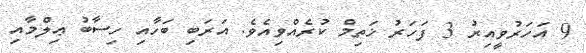
9 އަހަރުވީއިރު 3 ފަހަރު ޚަތިމް ކުރެއްވިއެވެ. އަރަބި ބަހާއި ހިސާބު ޢިލްމާއި